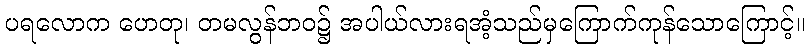
ပရလောက ဟေတု၊ တမလွန်ဘဝ၌ အပါယ်လားရအံ့သည်မှကြောက်ကုန်သောကြောင့်။